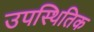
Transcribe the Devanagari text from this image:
उपस्थितिक